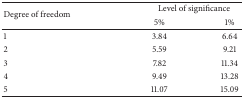
<table><thead><tr><td rowspan="2"><b>Degree of freedom</b></td><td colspan="2"><b>Level of significance</b></td></tr><tr><td><b>5%</b></td><td><b>1%</b></td></tr></thead><tbody><tr><td>1</td><td>3.84</td><td>6.64</td></tr><tr><td>2</td><td>5.59</td><td>9.21</td></tr><tr><td>3</td><td>7.82</td><td>11.34</td></tr><tr><td>4</td><td>9.49</td><td>13.28</td></tr><tr><td>5</td><td>11.07</td><td>15.09</td></tr></tbody></table>